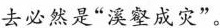
去必然是”溪壑成灾”。